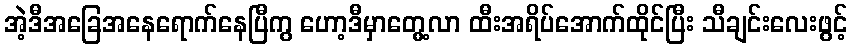
အဲ့ဒီအခြေအနေရောက်နေပြီကွ ဟော့ဒီမှာတွေ့လာ ထီးအရိပ်အောက်ထိုင်ပြီး သီချင်းလေးဖွင့်